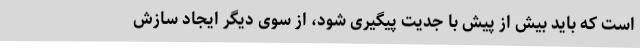
است که باید بیش از پیش با جدیت پیگیری شود، از سوی دیگر ایجاد سازش